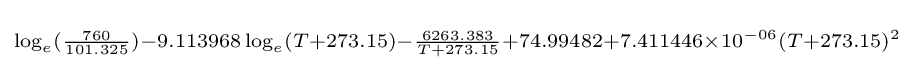
\scriptstyle \log _{e}({\frac {760}{101.325}})-9.113968\log _{e}(T+273.15)-{\frac {6263.383}{T+273.15}}+74.99482+7.411446\times 10^{-06}(T+273.15)^{2}